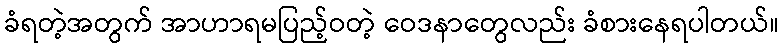
ခံရတဲ့အတွက် အာဟာရမပြည့်ဝတဲ့ ဝေဒနာတွေလည်း ခံစားနေရပါတယ်။